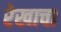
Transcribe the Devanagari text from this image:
रेखाचा